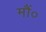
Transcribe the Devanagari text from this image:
मौं०